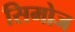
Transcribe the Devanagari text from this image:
सिमोज